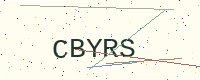
Text: CBYRS